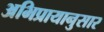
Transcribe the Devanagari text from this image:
अभिप्रायानुसार